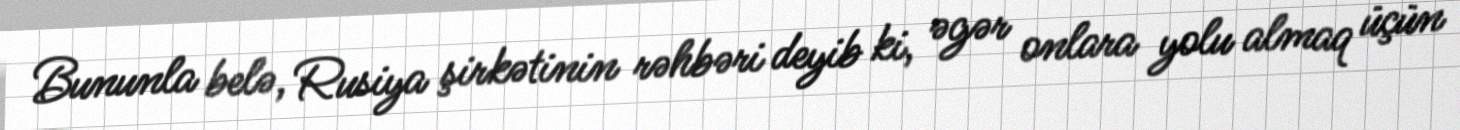
Bununla belə, Rusiya şirkətinin rəhbəri deyib ki, əgər onlara yolu almaq üçün